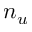
n _ { u }